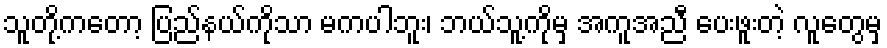
သူတို့ကတော့ ပြည်နယ်ကိုသာ မကပါဘူး၊ ဘယ်သူ့ကိုမှ အကူအညီ ပေးဖူးတဲ့ လူတွေမှ